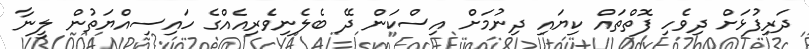
ދަރިފުޅަށް ދިވެހި ފޮތްތައް ކިޔައި ދިނުމަށް އިސްކަން ދޭ ބެލެނިވެރިއެއްގެ ހައިސިއްޔަތުން ލީނާ